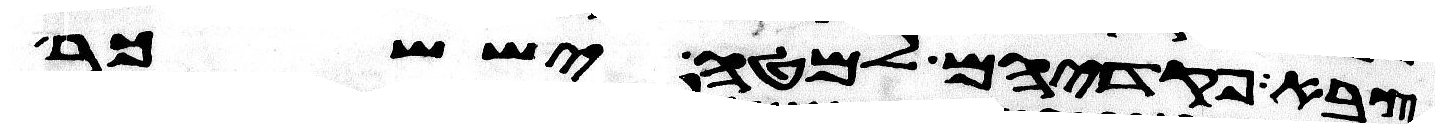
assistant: צבא פקדיהם למטה יששכר